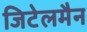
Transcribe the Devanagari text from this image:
जिटेलमैन